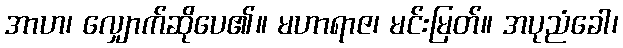
အာဟ၊ လျှောက်ဆိုပေ၏။ မဟာရာဇ၊ မင်းမြတ်။ အပုညံခေါ၊